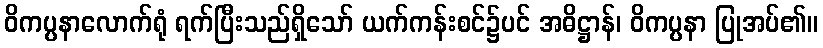
ဝိကပ္ပနာလောက်ရုံ ရက်ပြီးသည်ရှိသော် ယက်ကန်းစင်၌ပင် အဓိဋ္ဌာန်၊ ဝိကပ္ပနာ ပြုအပ်၏။